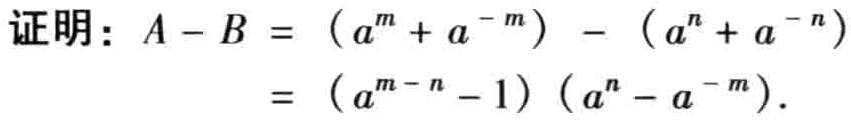
证明：\(A - B = (a^{m}+a^{-m}) - (a^{n}+a^{-n})\)
\(=(a^{m - n}-1)(a^{n}-a^{-m})\)